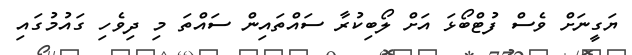
ޔަގީނަށް ވެސް ފުޓްބޯޅަ އަށް ލޯބިކުރާ ސައްތައިން ސައްތަ މި ދިވެހި ގައުމުގައި